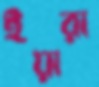
ইয়ারা